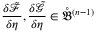
\frac { \delta \tilde { \mathcal { F } } } { \delta \eta } , \frac { \delta \tilde { \mathcal { G } } } { \delta \eta } \in \mathring { \mathfrak { B } } ^ { ( n - 1 ) }